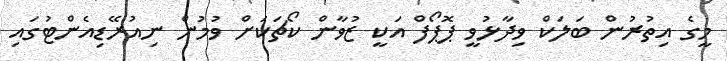
މީގެ އިތުރުން ބަލަކް ވިދާޅުވީ ޕޮޕޯފް އަކީ ޒުވާން ކޯޗަކަށް ވުމުން ނިއުރޭޑިއެންޓުގައި